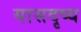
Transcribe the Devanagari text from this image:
यासदृष्य